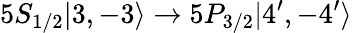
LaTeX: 5S_{1/2}|3,-3\rangle\rightarrow 5P_{3/2}|4^{\prime},-4^{\prime}\rangle